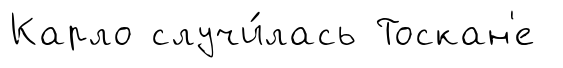
Карло случи́лась Тоскан'е